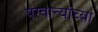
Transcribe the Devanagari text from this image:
परवान्यांच्या